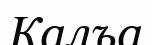
Калъа